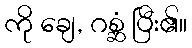
ကို ချေ, ဂစ္ဆံ ပြီး၏။